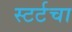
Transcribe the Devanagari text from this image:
स्टर्टचा